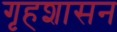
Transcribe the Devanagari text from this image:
गृहशासन